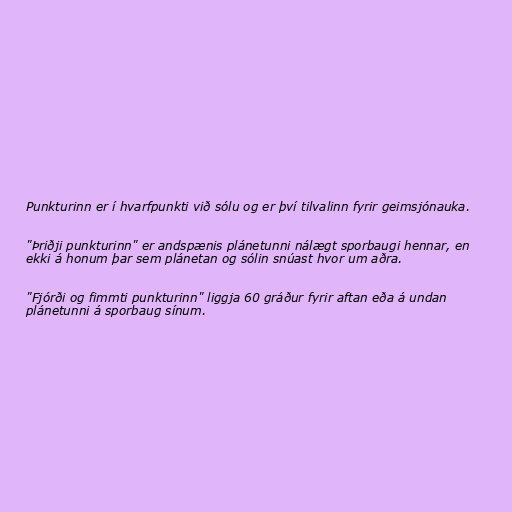
Punkturinn er í hvarfpunkti við sólu og er því tilvalinn fyrir geimsjónauka.

"Þriðji punkturinn" er andspænis plánetunni nálægt sporbaugi hennar, en
ekki á honum þar sem plánetan og sólin snúast hvor um aðra.

"Fjórði og fimmti punkturinn" liggja 60 gráður fyrir aftan eða á undan
plánetunni á sporbaug sínum.